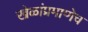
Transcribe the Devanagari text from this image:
खेळांप्रमाणेच